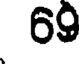
69